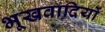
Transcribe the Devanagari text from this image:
भूखवादियों